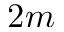
2 m